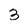
Character: 3